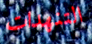
التنهدات